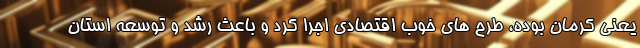
یعنی کرمان بوده، طرح های خوب اقتصادی اجرا کرد و باعث رشد و توسعه استان